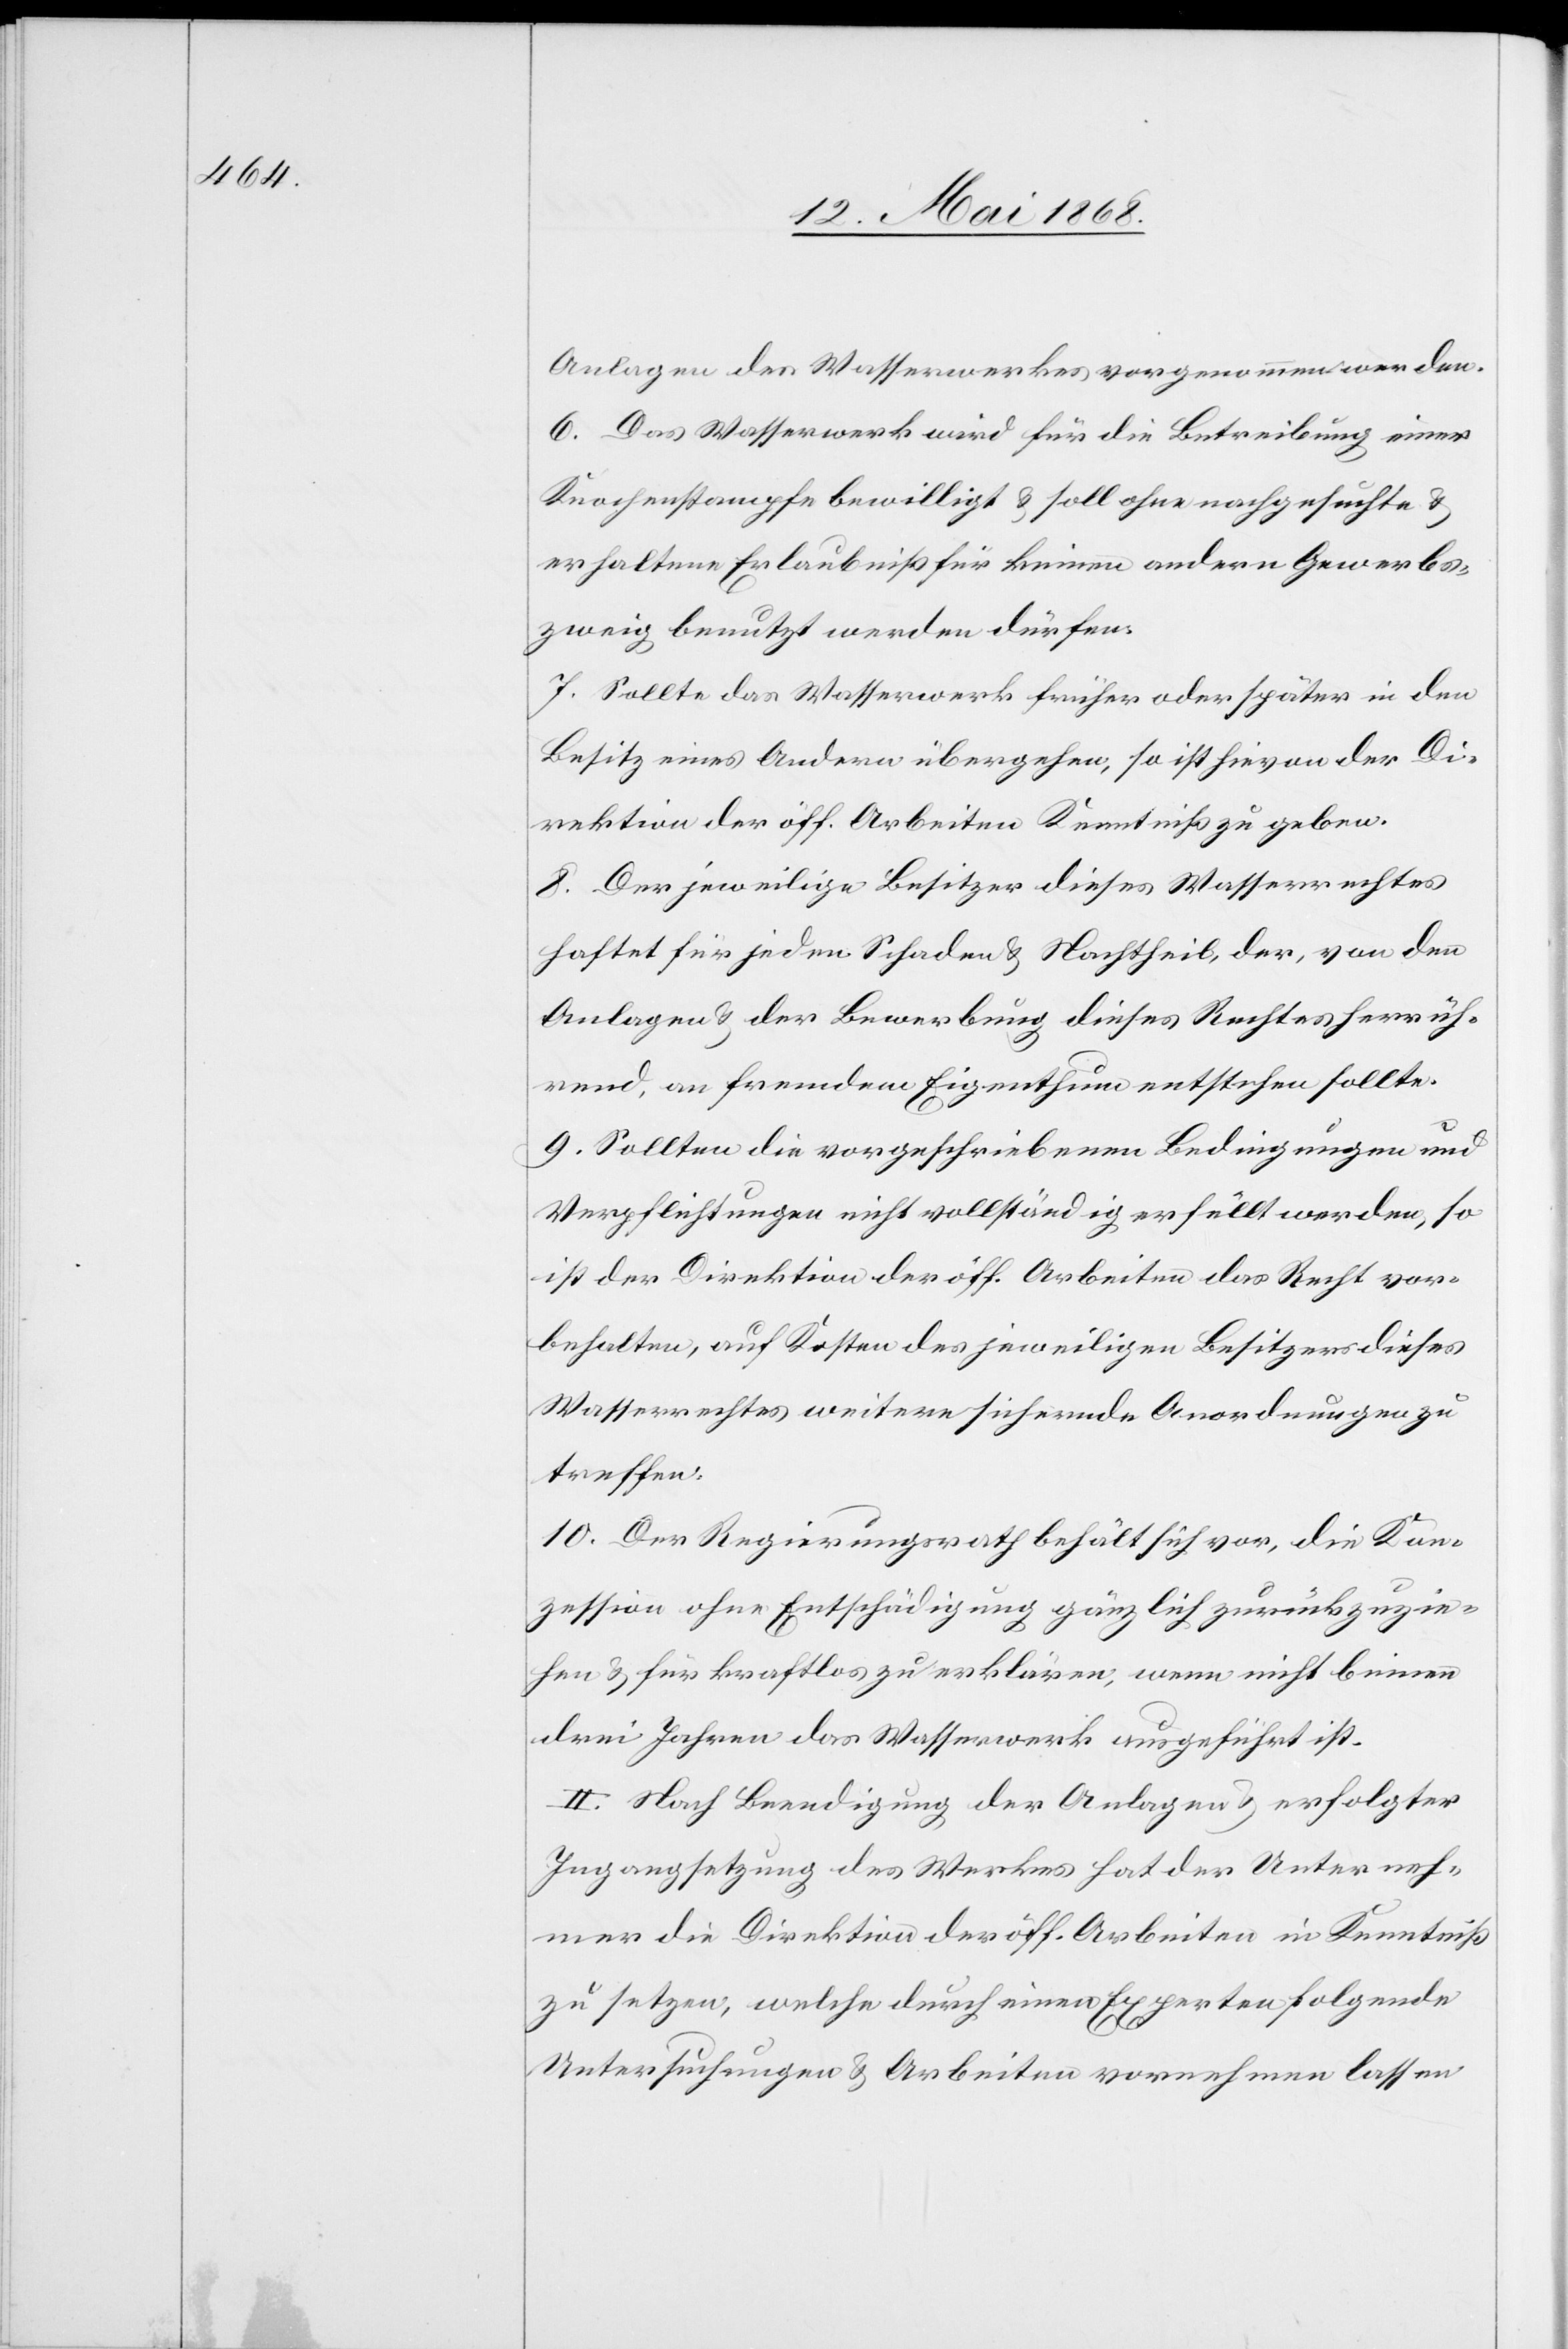
Anlagen des Wasserwerkes vorgenommen werden.
6. Das Wasserwerk wird für die Betreibung einer
Knochenstampfe bewilligt & soll ohne nachgesuchte &
erhaltene Erlaubniß für keinen andern Gewerbs¬
zweig benutzt werden dürfen.
7. Sollte das Wasserwerk früher oder später in den
Besitz eines Andern übergehen, so ist hievon der Di¬
rektion der öff. Arbeiten Kenntniß zu geben.
8. Der jeweilige Besitzer dieses Wasserrechtes
haftet für jeden Schaden & Nachtheil, der, von den
Anlagen & der Bewerbung dieses Rechtes herrüh¬
rend, an fremdem Eigenthum entstehen sollte.
9. Sollten die vorgeschriebenen Bedingungen und
Verpflichtungen nicht vollständig erfüllt werden, so
ist der Direktion der öff. Arbeiten das Recht vor¬
behalten, auf Kosten des jeweiligen Besitzers dieses
Wasserrechtes weitere sichernde Anordnungen zu
treffen.
10. Der Regierungsrath behält sich vor, die Kon¬
zession ohne Entschädigung gänzlich zurückzuzie¬
hen & für kraftlos zu erklären, wenn nicht binnen
drei Jahren das Wasserwerk ausgeführt ist.
II. Nach Beendigung der Anlagen & erfolgter
Ingangsetzung des Werkes hat der Unterneh¬
mer die Direktion der öff. Arbeiten in Kenntniß
zu setzen, welche durch einen Experten folgende
Untersuchungen & Arbeiten vornehmen lassen